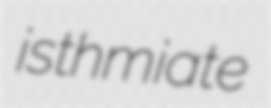
isthmiate